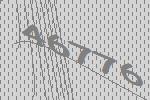
46776